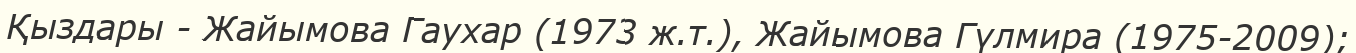
Қыздары - Жайымова Гаухар (1973 ж.т.), Жайымова Гүлмира (1975-2009);